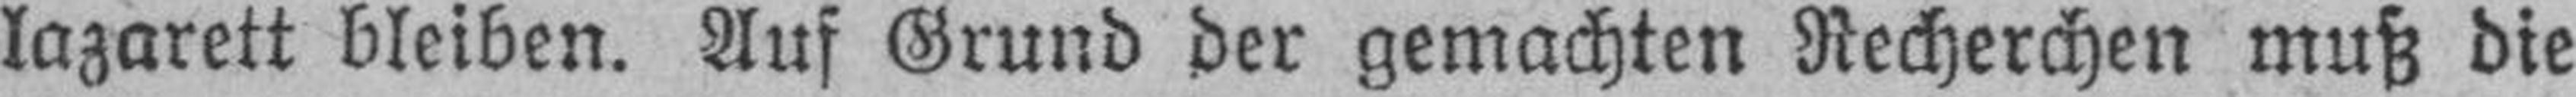
lazarett bleiben. Auf Grund der gemachten Recherchen muß die